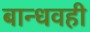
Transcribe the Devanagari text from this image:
बान्धवही